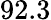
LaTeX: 92.3